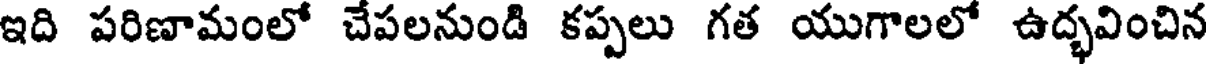
ఇది పరిణామంలో చేపలనుండి కప్పలు గత యుగాలలో ఉద్భవించిన